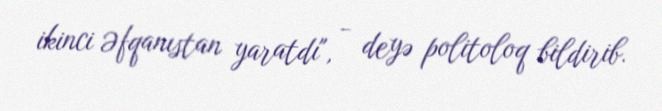
ikinci Əfqanıstan yaratdı", - deyə politoloq bildirib.